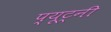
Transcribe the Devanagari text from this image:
प्यूट्नी